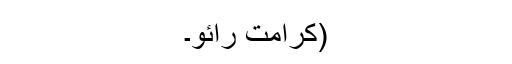
(کرامت رائو۔